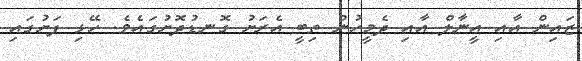
ޒައިން އާއި އީނާލް އާއި ދެމީހުން ތިބީ އެރަށު ގޮނޑުދޮށުގައެވެ. ހޭޅި ފަށުގައި